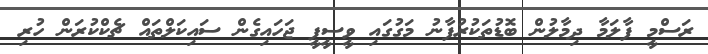
ރަސްމީ ފާލަމާ ދިމާލުން ބޮޑުތަކުރުފާނު މަގުގައި ވީސީޕީ ޖަހައިގެން ސައިކަލްތައް ޗެކްކުރަން ހުރި